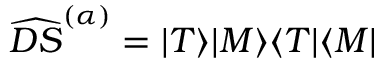
\widehat { D S } ^ { ( \alpha ) } = | T \rangle | M \rangle \langle T | \langle M |